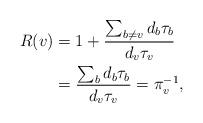
LaTeX: \begin{align*} R(v)&=1+\frac{\sum_{b\not = v} d_b \tau_b}{d_v\tau_v}\\ &= \frac{\sum_b d_b\tau_b}{d_v\tau_v}=\pi_v^{-1},\end{align*}